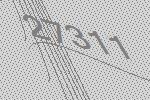
27311